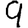
Digit: 9